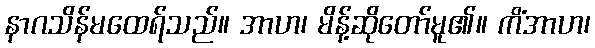
နာဂသိန်မထေရ်သည်။ အာဟ၊ မိန့်ဆိုတော်မူ၏။ ကိံအာဟ၊